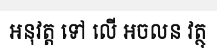
អនុវត្ត ទៅ លើ អចលន វត្ថុ